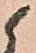
候